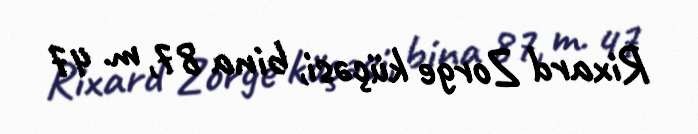
Rixard Zorge küçəsi, bina 87, m. 47